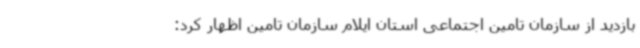
بازدید از سازمان تامین اجتماعی استان ایلام سازمان تامین اظهار کرد: